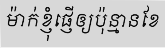
ម៉ាក់ខ្ញុំផ្ញើឲ្យប៉ុន្មានខែ